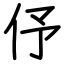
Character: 伃